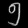
Digit: ၅